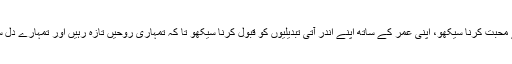
اپنے آپ سے محبت کرنا سیکھو، اپنی عمر کے ساتھ اپنے اندر آتی تبدیلیوں کو قبول کرنا سیکھو تا کہ تمہاری روحیں تازہ رہیں اور تمہارے دل سدا جوان ہوں۔